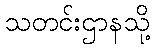
သတင်းဌာနသို့